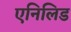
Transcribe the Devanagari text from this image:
एनिलिड